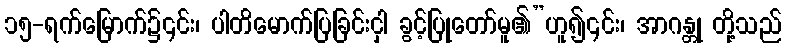
၁၅-ရက်မြောက်၌၎င်း၊ ပါတိမောက်ပြခြင်းငှါ ခွင့်ပြုတော်မူ၏”ဟူ၍၎င်း၊ အာဂန္တု တို့သည်